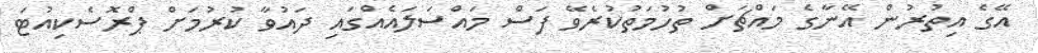
އޭގެ އިތުރުން އޭނާގެ މައްޗަށް ތުހުމަތުކުރެވޭ ފަސް މައްސަލައެއްގައި ދައުވާ ކުރުމަށް ޕްރޮސެކިއުޓަ